Medical and sanitary report on the native army of Bombay for the year
Year: 1879
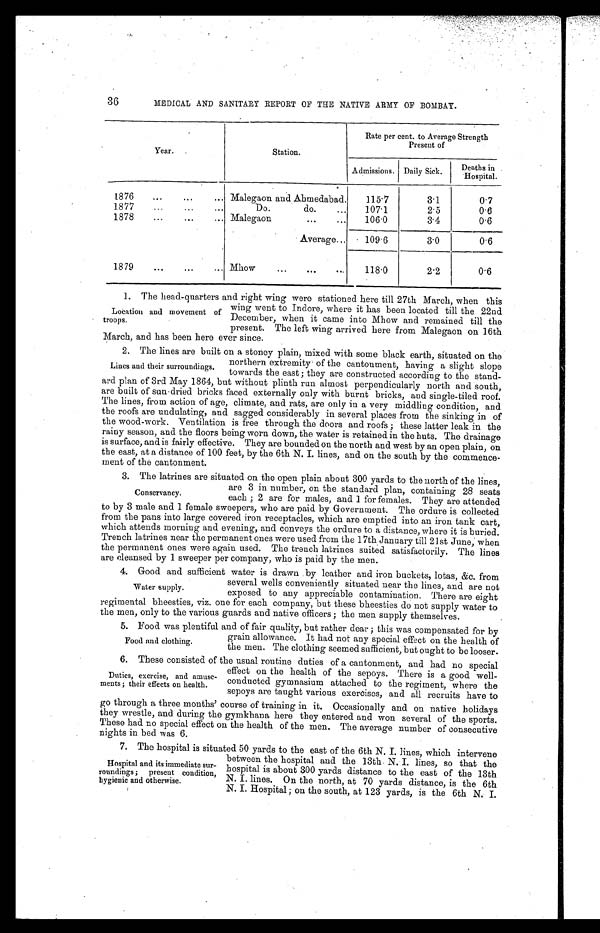
36
MEDICAL AND SANITARY REPORT OF THE NATIVE ARMY OF BOMBAY.
Year.
Station.
Rate per cent. to Average Strength
Present of
Admissions. Daily Sick.
Deaths in Hospital.
1876 . . .
Malegaon and Ahmedabad.
115.7
3.1
0.7
1877 . . .
Do. do. . . .
107.1
2.5
0.6
1878 . . .
Malegaon . . .
106.0
3.4
0.6
Average . . .
109.6
3.0 0.6
1879 . . .
Mhow . . .
118.0
2.2
0.6
1. The head-quarters and right wing were stationed here till 27th March, when this
wing went to Indore, where it has been located till the 22nd
December, when it came into Mhow and remained till the
present. The left wing arrived here from Malegaon on 16th
March, and has been here ever since.
2. The lines are built on a stoney plain, mixed with some black earth, situated on the
northern extremity of the cantonment, having a slight slope
towards the east; they are constructed according to the stand
- a r d p l a n o f 3 r d M a y 1 8 6 4 , b u t w i t h o u t p l i n t h r u n a l m o s t p e r p e n d i c u l a r l y n o r t h a n d s o u t h ,
are built of sun dried bricks faced externally only with burnt bricks, and single-tiled roof.
The lines, from action of age, climate, and rats, are only in a very middling condition, and
the roofs are undulating, and sagged considerably in several places from the sinking in of
the wood-work. Ventilation is free through the doors and roofs; these latter leak in the
rainy season, and the floors being worn down, the water is retained in the huts. The drainage
is surface, and is fairly effective. They are bounded on the north and west by an open plain, on
the east, at a distance of 100 feet, by the 6th N. I . lines, and on the south by the commence
- m e n t o f t h e c a n t o n m e n t .
3. The latrines are situated on the open plain about 300 yards to the north of the lines,
are 3 in number, on the standard plan, containing 28 seats
each; 2 are for males, and 1 for females. They are attended
to by 3 male and 1 female sweepers, who are paid by Government. The ordure is collected
from the pans into large covered iron receptacles, which are emptied into an iron tank cart,
which attends morning and evening, and conveys the ordure to a distance, where it is buried.
Trench latrines near the permanent ones were used from the 17th January till 21st June, when
the permanent ones were again used. The trench latrines suited satisfactorily. The lines
are cleansed by 1 sweeper per company, who is paid by the men.
4. Good and sufficient water is drawn by leather and iron buckets, lotas, &c. from
several wells conveniently situated near the lines, and are not
exposed to any appreciable contamination. There are eight
regimental bheesties, viz. one for each company, but these bheesties do not supply water to
the men, only to the various guards and native officers; the men supply themselves.
5 . F o o d w a s p l e n t i f u l a n d o f f a i r q u a l i t y , b u t r a t h e r d e a r ; t h i s w a s c o m p e n s a t e d f o r b y
grain allowance. It had not any special effect on the health of
the men. The clothing seemed sufficient, but ought to be looser.
6 . T h e s e c o n s i s t e d o f t h e u s u a l r o u t i n e d u t i e s o f a c a n t o n m e n t , a n d h a d n o s p e c i a l
effect on the health of the sepoys. There is a good well
-conducted gymnasium attached to the regiment, where the
sepoys are taught various exercises, and all recruits have to
go through a three months' course of training in it. Occasionally and on native holidays
they wrestle, and during the gymkhana here they entered and won several of the sports.
These had no special effect on the health of the men. The average number of consecutive
nights in bed was 6.
7 . T h e h o s p i t a l i s s i t u a t e d 5 0 y a r d s t o t h e e a s t o f t h e 6 t h N . I .l
i n e s , w h i c h i n t e r v e n e
between the hospital and the 13th N. I. lines, so that the
hospital is about 300 yards distance to the east of the 13th
N. I. lines. On the north, at 70 yards distance, is the 6th
N. I. Hospital; on the south, at 123 yards, is the 6th N. I.
Location and movement of
troops.
Lines and their surroundings.
Conservancy.
Water supply.
Food and clothing.
Duties, exercise, and amuse
-ments; their effects on health.
Hospital and its immediate sur
-roundings; present condition,
hygienic and otherwise.